Source: Handwritten
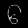
Digit: ၆ (6)